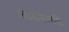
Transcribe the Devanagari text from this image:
किरुनेल्ली